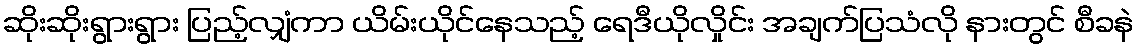
ဆိုးဆိုးရွားရွား ပြည့်လျှံကာ ယိမ်းယိုင်နေသည့် ရေဒီယိုလှိုင်း အချက်ပြသံလို နားတွင် စီခနဲ